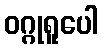
ဝဂ္ဂုရူပေါ